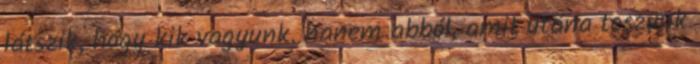
látszik, hogy kik vagyunk. hanem abból, amit utána teszünk